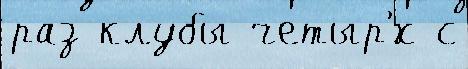
раз клубы четыр'́х с